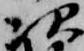
次